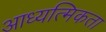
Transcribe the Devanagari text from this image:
आध्यत्मिकता